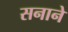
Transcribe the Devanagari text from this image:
सनाने